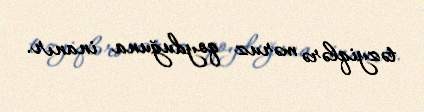
təzyiqlərə məruz qoyduğuna inanır.